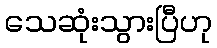
သေဆုံးသွားပြီဟု